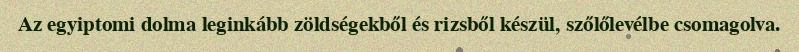
Az egyiptomi dolma leginkább zöldségekből és rizsből készül, szőlőlevélbe csomagolva.